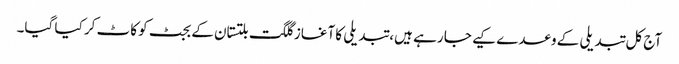
آج کل تبدیلی کے وعدے کیے جا رہے ہیں، تبدیلی کا آغاز گلگت بلتستان کے بجٹ کو کاٹ کر کیا گیا۔